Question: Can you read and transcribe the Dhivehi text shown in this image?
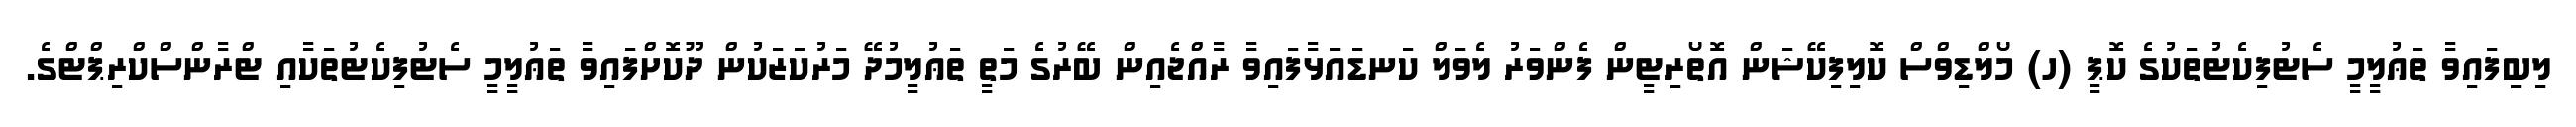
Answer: ލިބިފައިވާ ތަޢުލީމީ ސެޓުފިކެޓުތަކުގެ ކޮޕީ (ހ) މޯލްޑިވްސް ކޮލިފިކޭޝަން އޮތޯރިޓީން ފެންވަރު ލެވަލް ކަނޑައަޅާފައިވާ ރާއްޖެއިން ބޭރުގެ މަތީ ތަޢުލީމުދޭ މަރުކަޒަކުން ދޫކޮށްފައިވާ ތަޢުލީމީ ސެޓުފިކެޓުތަކާއި ޓްރާންސްކްރިޕްޓްގެ.